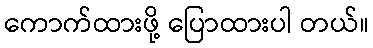
ကောက်ထားဖို့ ပြောထားပါ တယ်။